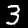
Digit: 3